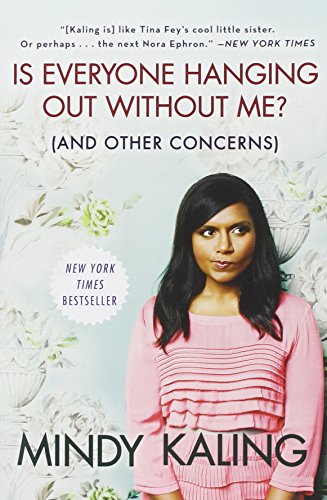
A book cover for Is Everyone Hanging Out Without Me? (And Other Concerns); Mindy Kaling; Humor & Entertainment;